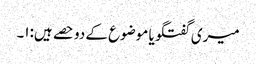
میری گفتگو یا موضوع کے دو حصے ہیں:۱۔